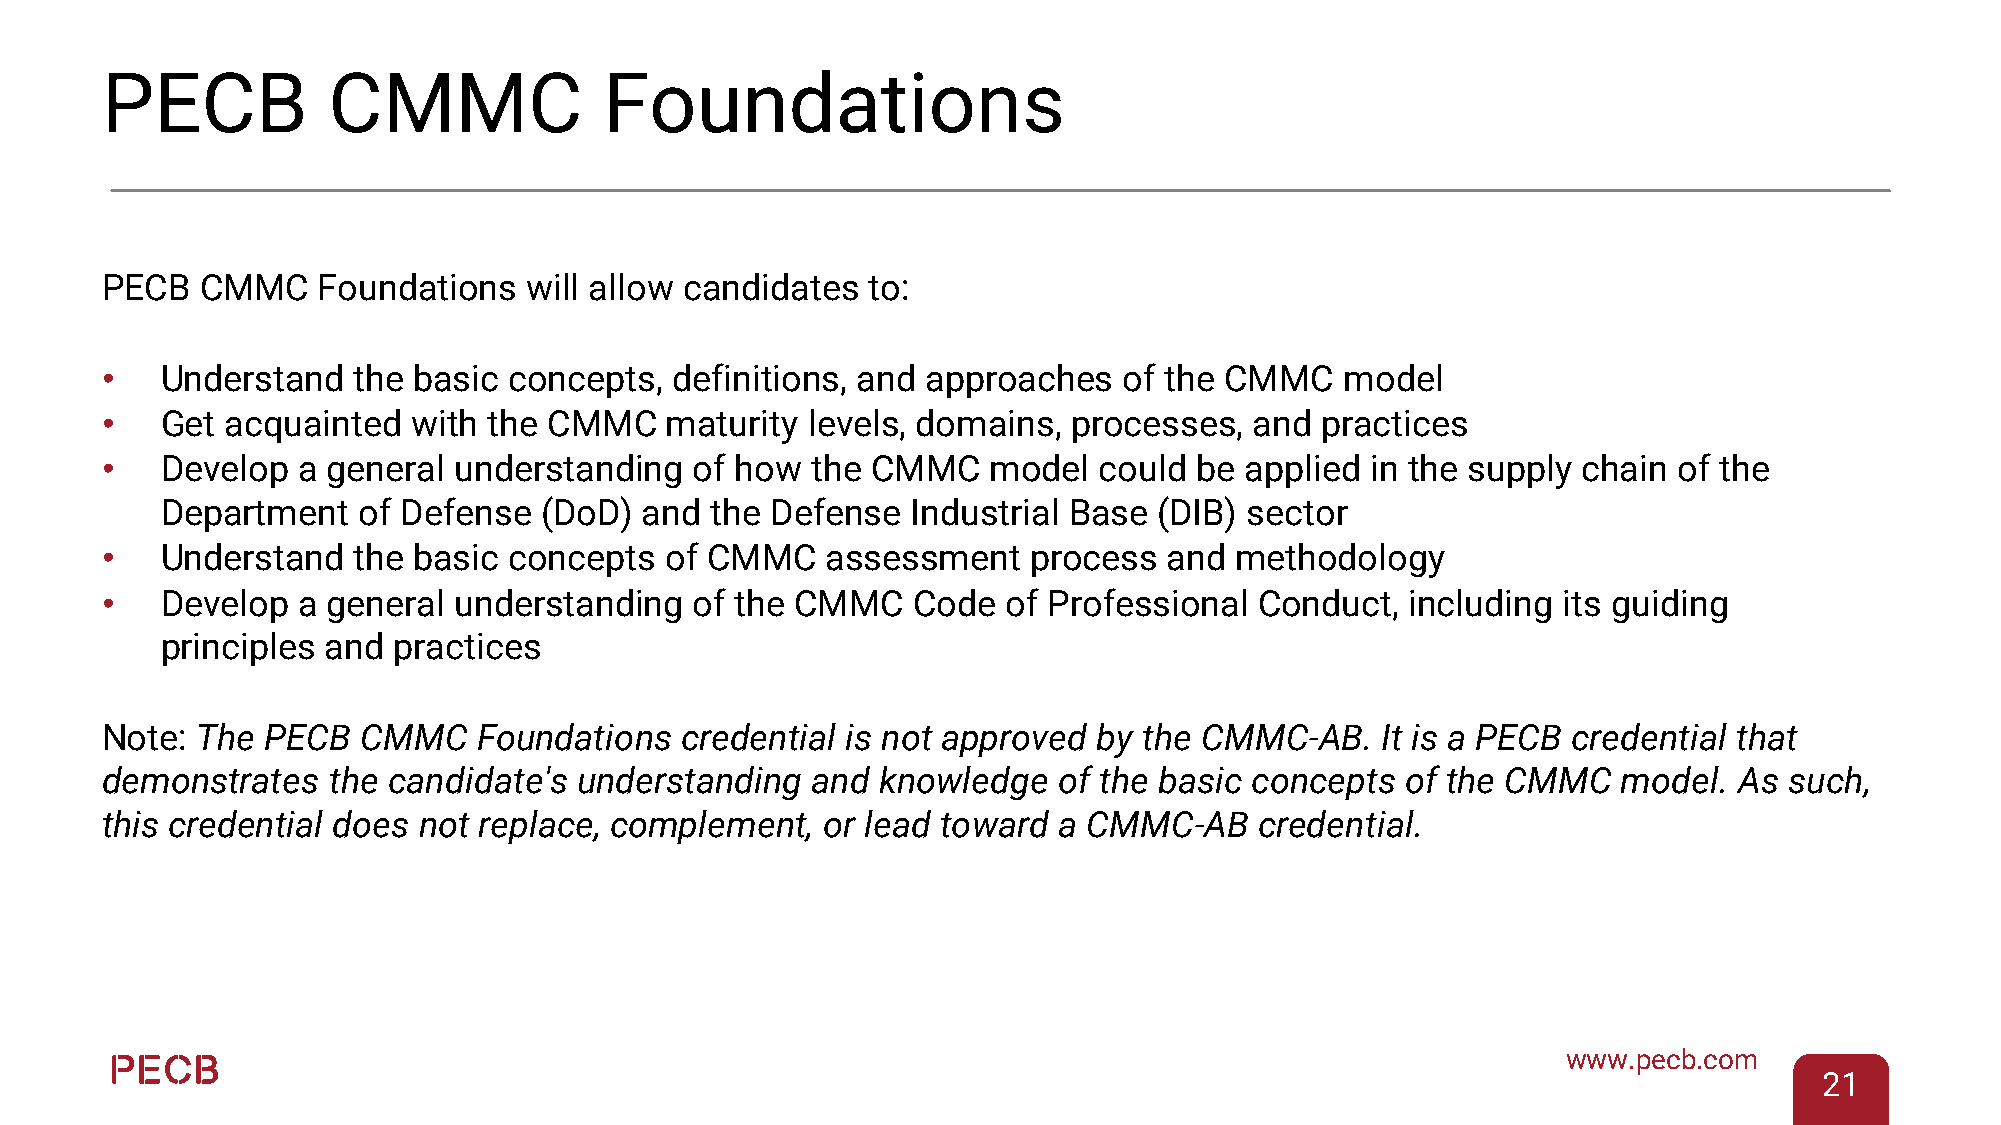
PECB           CMMC              Foundations
 PECB  CMMC    Foundations   will allow candidates to:
 •   Understand  the basic  concepts,  definitions, and approaches  of the CMMC    model
 •   Get acquainted  with the CMMC    maturity levels, domains,  processes,  and practices
 •   Develop  a general understanding   of how  the CMMC    model  could be applied  in the supply chain of the
 Department   of Defense  (DoD)  and the Defense  Industrial Base  (DIB) sector
 •   Understand  the basic  concepts  of CMMC    assessment   process  and  methodology
 •   Develop  a general understanding   of the CMMC   Code   of Professional Conduct,  including its guiding
 principles and practices
 Note: The  PECB  CMMC    Foundations  credential is not approved  by the CMMC-AB.   It is a PECB credential that
 demonstrates   the candidate's understanding   and knowledge   of the basic concepts  of the CMMC   model.  As such,
 this credential does not replace, complement,   or lead toward a CMMC-AB    credential.
 www.pecb.com
 21